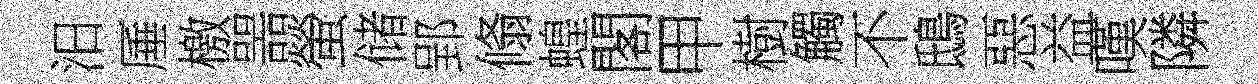
汨厜檄噐螢储郢翛蝗閣甲樹觸不鴟惡益嘆隣